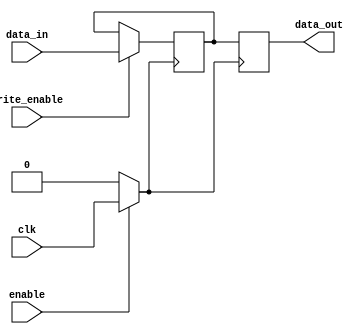
module clock_gated_memory (
    input wire clk,          // Input clock signal
    input wire enable,       // Enable signal to control clock gating
    input wire [7:0] data_in, // Data input for memory
    input wire write_enable, // Write enable signal
    output reg [7:0] data_out // Data output from memory
);

    // Gated clock signal
    wire gated_clk;

    // Clock Gating Logic
    assign gated_clk = enable ? clk : 1'b0;

    // Memory storage (simple register array for demonstration)
    reg [7:0] memory [0:15]; // 16 x 8-bit memory

    // Write operation
    always @(posedge gated_clk) begin
        if (write_enable) begin
            memory[0] <= data_in; // Write to memory location 0
        end
    end

    // Read operation
    always @(posedge gated_clk) begin
        data_out <= memory[0]; // Read from memory location 0
    end

endmodule